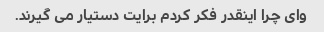
وای چرا اینقدر فکر کردم برایت دستیار می گیرند.